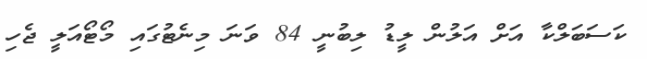
ކަސަބަލްކާ އަށް އަލުން ލީޑު ލިބުނީ 84 ވަނަ މިނެޓުގައި މޯޓޯއަލީ ޖެހި